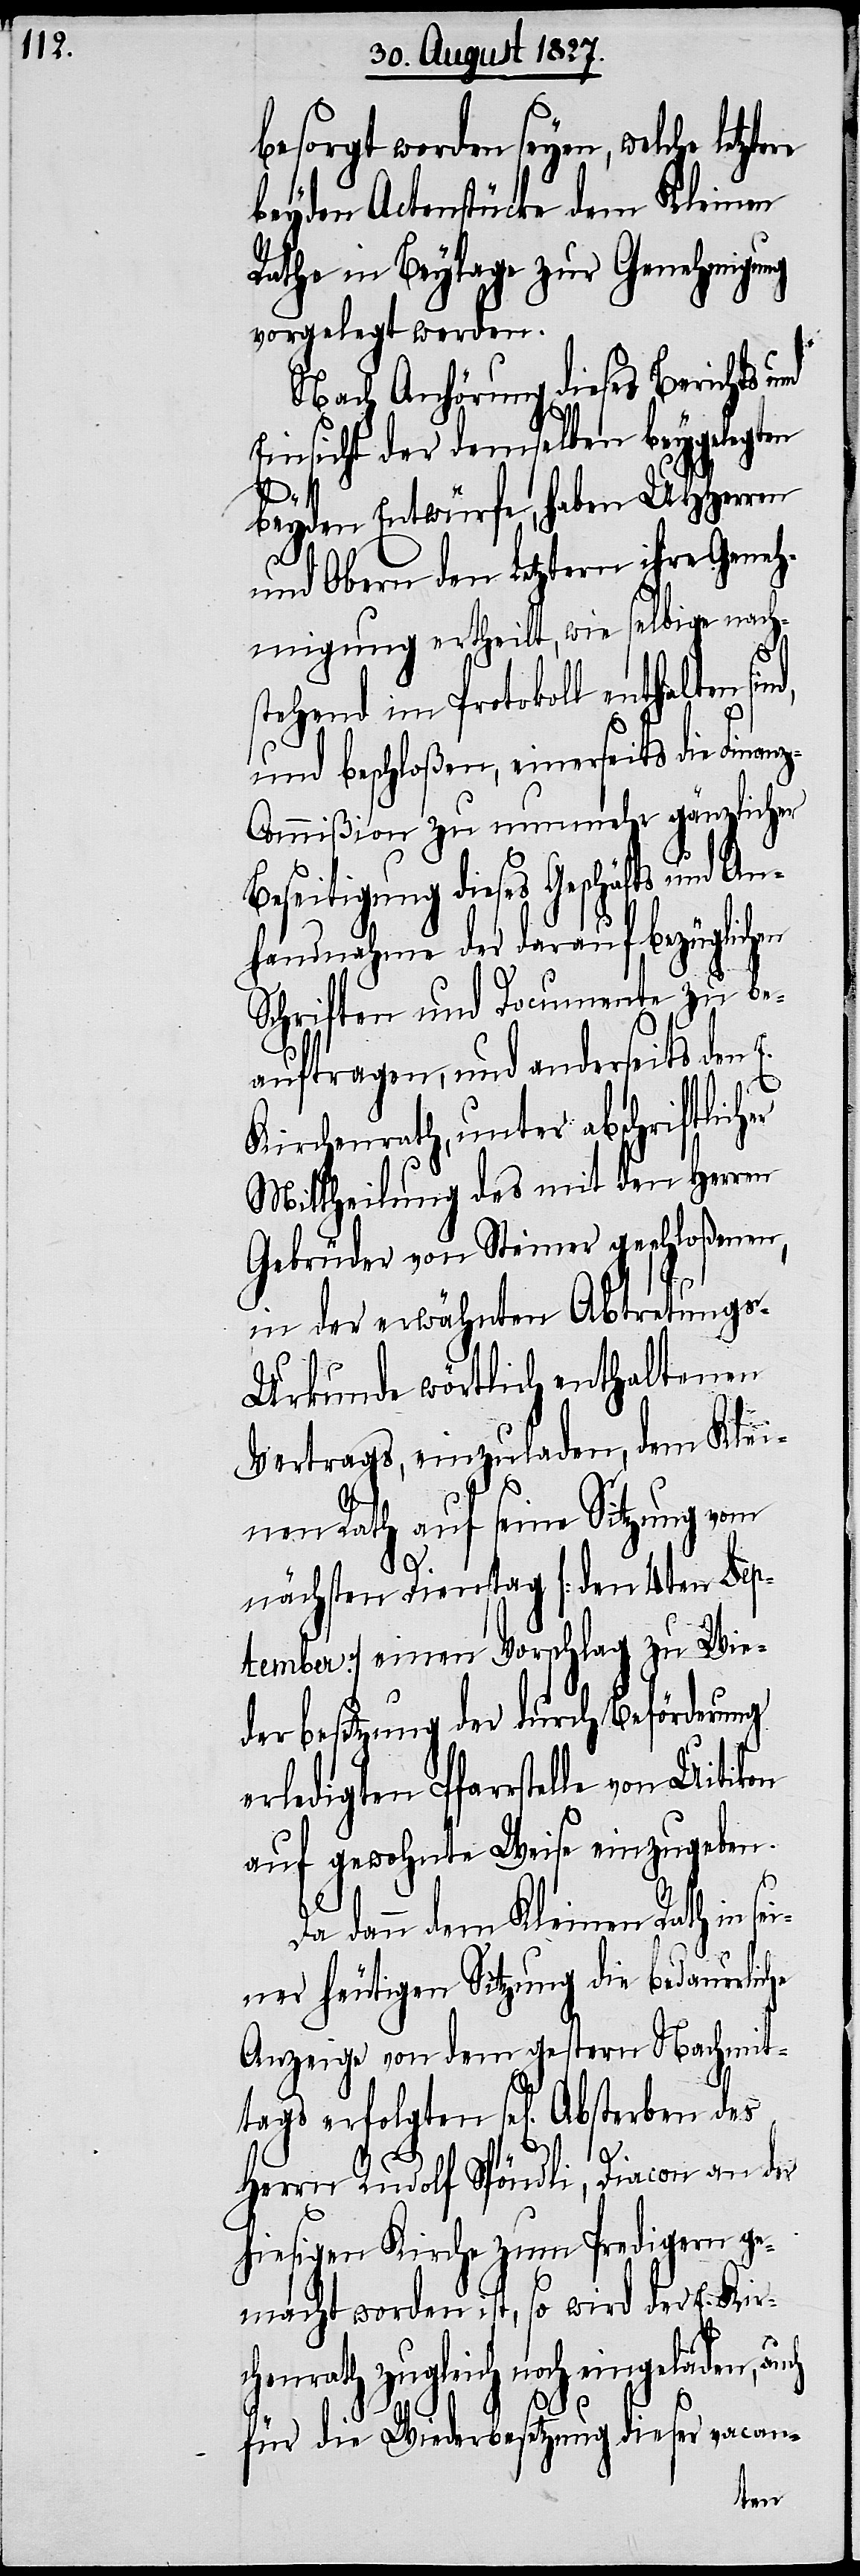
besorgt worden seyen, welche
beyden Actenstücke dem Kleinen
Rathe in Beylage zur Genehmigung
vorgelegt werden.
Nach Anhörung dieses Berichts
Einsicht der demselben beygelegten
tags
beyden Entwürfe, haben UHHerren
und Obern den Letztern ihre Geneh¬
migung ertheilt, wie selbige nach¬
stehend im Protokoll enthalten sin¬
und beschloßen, einerseits die Finan¬
z-Commißion zu nunmehr gänzlicher
Beseitigung dieses Geschäfts und An¬
handnahme der darauf bezüglichen
Schriften und Documente zu be¬
auftragen, und anderseits den
Kirchenrath, unter abschriftlich¬
Mittheilung des mit den Herren
Gebrüder von Steiner geschloßenen,
in der erwähnten Abtretungs-U¬
rkunde wörtlich enthaltenen
Vertrags, einzuladen, dem Klei¬
nen Rath auf seine Sitzung vom
nächsten Dienstag [den 4ten Sep¬
tember] einen Vorschlag zu Wie¬
derbesetzung der durch Beförderung
erledigten Pfarrstelle von Uitikon
auf gewohnte Weise einzugeben.
des
Da dann dem Kleinen Rath in sei¬
ner heutigen Sitzung die bedauerlic¬
Anzeige von dem gestern Nachmit¬
d,
Herrn Rudolf Spöndli, Diacon an der
hiesigen Kirche zum Predigern ge¬
macht worden ist, so wird der E. Kir¬
chenrath zugleich noch eingeladen, auch
für die Wiederbesetzung dieser vacan-